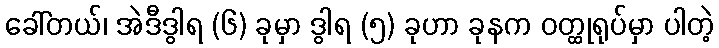
ခေါ်တယ်၊ အဲဒီဒွါရ (၆) ခုမှာ ဒွါရ (၅) ခုဟာ ခုနက ဝတ္ထုရုပ်မှာ ပါတဲ့